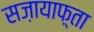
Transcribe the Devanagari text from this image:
सज़ायाफ़्ता